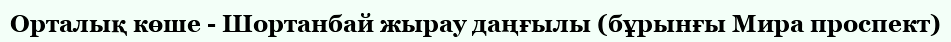
Орталық көше - Шортанбай жырау даңғылы (бұрынғы Мира проспект)